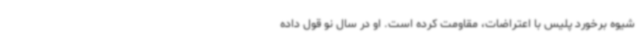
شیوه برخورد پلیس با اعتراضات، مقاومت کرده است. او در سال نو قول داده